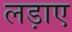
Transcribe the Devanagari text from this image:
लड़ाए